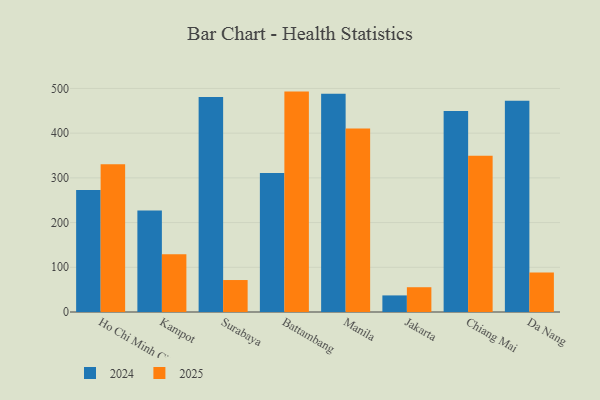
{"axis": {"x": "City", "y": "Conversion Rate (%)"}, "legend": ["2024", "2025"], "data": [{"x": "Ho Chi Minh City", "y": 330.2, "type": "2025"}, {"x": "Ho Chi Minh City", "y": 272.6, "type": "2024"}, {"x": "Kampot", "y": 129.1, "type": "2025"}, {"x": "Kampot", "y": 227.1, "type": "2024"}, {"x": "Surabaya", "y": 71.5, "type": "2025"}, {"x": "Surabaya", "y": 481.1, "type": "2024"}, {"x": "Battambang", "y": 492.9, "type": "2025"}, {"x": "Battambang", "y": 311.1, "type": "2024"}, {"x": "Manila", "y": 410.5, "type": "2025"}, {"x": "Manila", "y": 488.3, "type": "2024"}, {"x": "Jakarta", "y": 55.4, "type": "2025"}, {"x": "Jakarta", "y": 37.1, "type": "2024"}, {"x": "Chiang Mai", "y": 349.7, "type": "2025"}, {"x": "Chiang Mai", "y": 449.4, "type": "2024"}, {"x": "Da Nang", "y": 88.6, "type": "2025"}, {"x": "Da Nang", "y": 472.3, "type": "2024"}]}